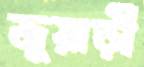
জুয়াড়ী